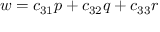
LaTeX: w = c _ { 3 1 } p + c _ { 3 2 } q + c _ { 3 3 } r